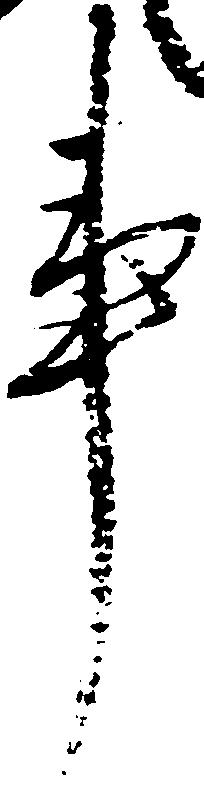
事